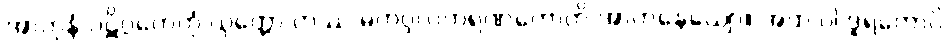
အာဟုနံ ပဋိဂ္ဂဟေတုံ ယုတ္တော တဿ မဟပ္ဖလကရဏတောတိ အာဟုနေယျော။ အထ ဝါ ဒူရတောပိ